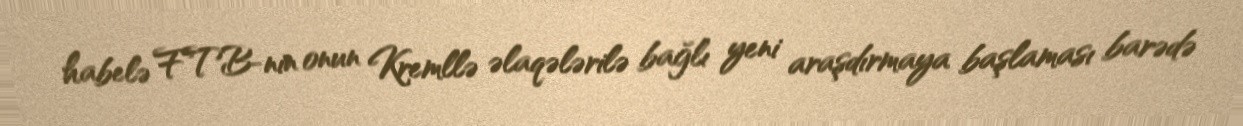
habelə FTB-nin onun Kremllə əlaqələrilə bağlı yeni araşdırmaya başlaması barədə